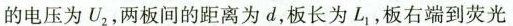
的电压为U_{2}，两板间的距离为d，板长为L_{1}，板右端到荧光